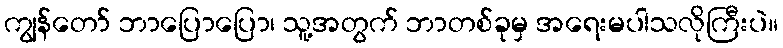
ကျွန်တော် ဘာပြောပြော၊ သူ့အတွက် ဘာတစ်ခုမှ အရေးမပါသလိုကြီးပဲ။